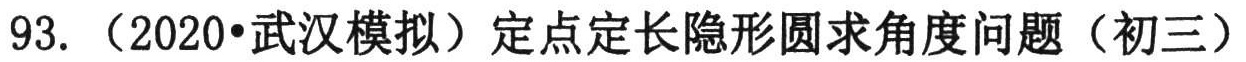
93. （2020•武汉模拟）定点定长隐形圆求角度问题（初三）